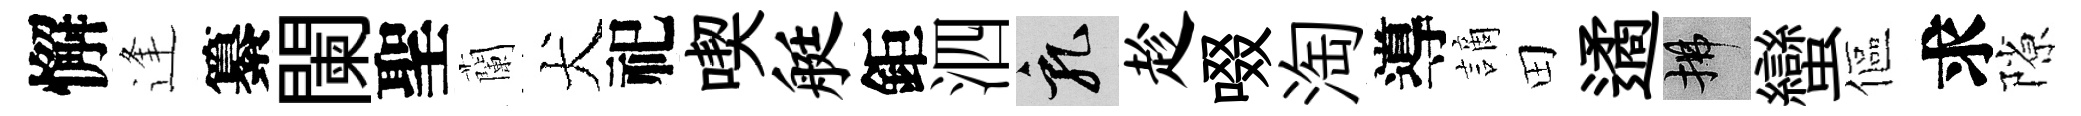
懈逢纂闌聖蘭犬祀喫艇鉅泗乳趁啜淘導謫田遹拂蠻傴求隙